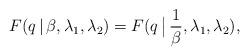
LaTeX: \begin{align*}F(q\,|\,\beta, \lambda_1,\lambda_2) = F(q\,\big|\,\frac{1}{\beta}, \lambda_1,\lambda_2),\end{align*}